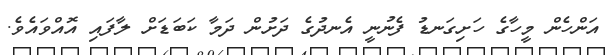
އަންހެން މީހާގެ ހަށިގަނޑު ފެނުނީ އެނދުގެ ދަށުން ދަމާ ކަބަޑަށް ލާފައި އޮއްވައެވެ.